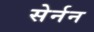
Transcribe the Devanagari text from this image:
सेर्नन